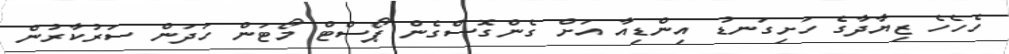
ހެހެހެ ޒިޔާދާގެ ހަށިގަނޑު އިންޑިއާ އަށް ގެންގޮސްގެން ޕޯސްޓް މޯޓަން ހަދަން ސަރުކާރުން